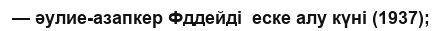
— әулие-азапкер Фддейді  еске алу күні (1937);